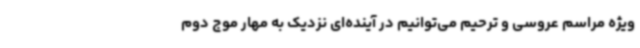
ویژه مراسم عروسی و ترحیم می‌توانیم در آینده‌ای نزدیک به مهار موج دوم